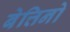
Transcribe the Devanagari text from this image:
बेत्तिनो